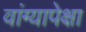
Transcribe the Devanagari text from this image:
वांग्यापेक्षा